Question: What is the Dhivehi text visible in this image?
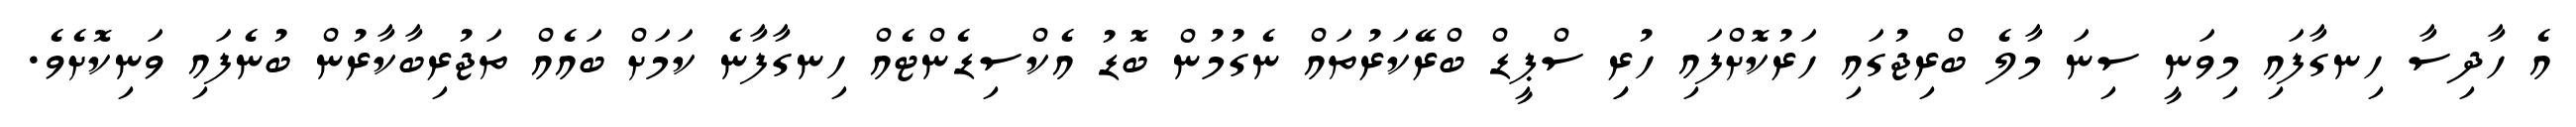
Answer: އެ ހާދިސާ ހިނގާފައި މިވަނީ ސިނަ މާލެ ބްރިޖުގައި ހަރުކޮށްފައި ހުރިި ސްޕީޑް ބްރޭކަރުތައް ނެގުމުން ބޮޑު އެކްސިޑެންޓެއް ހިނގާފާނެ ކަމަށް ބައެއް ތަޖުރިބާކާރުން ބުނެފައި ވަނިކޮށެވެ.